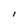
Character: I